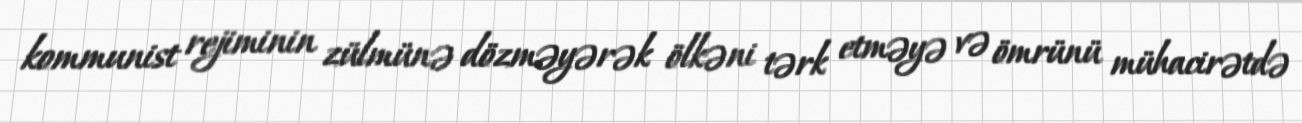
kommunist rejiminin zülmünə dözməyərək ölkəni tərk etməyə və ömrünü mühacirətdə